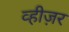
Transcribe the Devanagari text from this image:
व्हीज़र